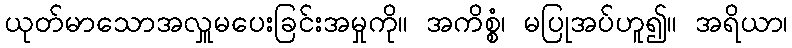
ယုတ်မာသောအလှူမပေးခြင်းအမှုကို။ အကိစ္စံ၊ မပြုအပ်ဟူ၍။ အရိယာ၊